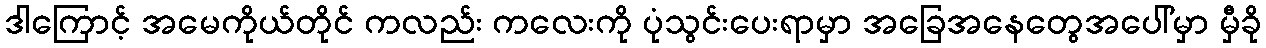
ဒါကြောင့် အမေကိုယ်တိုင် ကလည်း ကလေးကို ပုံသွင်းပေးရာမှာ အခြေအနေတွေအပေါ်မှာ မှီခို